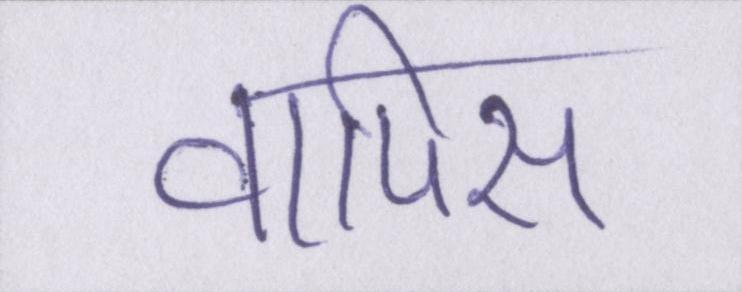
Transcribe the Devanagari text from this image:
वापिस